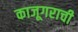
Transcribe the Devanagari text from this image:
काजूगराची